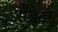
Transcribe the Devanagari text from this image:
सैलेट्स